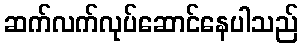
ဆက်လက်လုပ်ဆောင်နေပါသည်